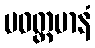
ပဝတ္တမာနံ